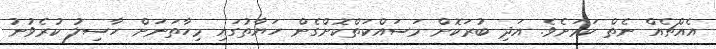
އެއްޗެއް ނެތް ކަމަށެވެ. އަދި ބުރަކޮށް މަސައްކަތްކޮށްގެން ހަޔާތުގައި މިހާތަނަށް ހާސިލު ކުރެވުނު